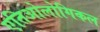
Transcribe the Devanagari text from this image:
एतिओलोगिकल